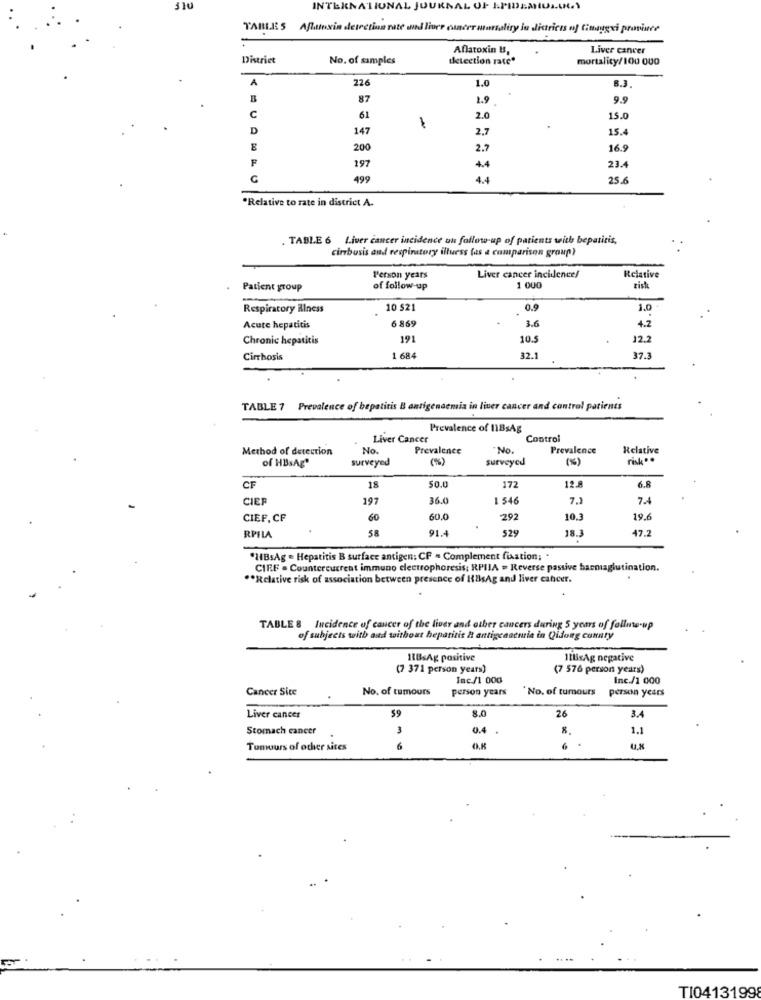
310
INTERNATIONAL JOURNAL OF EPIDEMIOLOGY
TABLES Aflatoxin detection rate and liver cancer mortality lu districts of Cinaugxi province
Aflatoxin US,
Liver cancer
District
No. of samples
detection rate"
mortality/100 000
A
226
1.0
8.3.
87
1.9
9.9
C
61
1
2.0
15.0
D
147
2,7
15.4
E
200
2.7
16.9
F
197
23.4
4.4
G
499
4.4
25.6
*Relative to rate in district A.
TABLE 6 Liver cancer incidence un follow-up of patients with bepatitis,
cirbusis and respiratory illuess (as a comparison group)
Person years
Liver cancer incidence/
Relative
Patient group
of follow-up
1 OUD
zist
Respiratory Rlness
10 $21
0.9
1.0
6 869
3.6
Acute hepatitis
4.2
Chronic hepatitis
191
10.5
12.2
Cirrhosis
1 684
32.1
37.3
TABLE 7 Prevalence of hepatitis B antigenaemia in liver cancer and control patients
Prevalence of 11BsAg
Liver Cancer
Control
Method of detection
No.
Prevalence
"No.
Prevalence
Relative
of HBsAg"
surveyed
surveyed
risk ..
6.8
CF
18
50.0
172
12.8
CIEF
197
36.0
1 546
7.1
7.4
CIEP, CF
60
60.0
292
10.3
19.6
58
91.4
529
18.3
47.2
RPILA
"HBsAg = Hepatitis B surface antigen; CF . Complement fixation; .
CIFF . Countercurrent immuno electrophoresis; RPIIA = Reverse passive barnaglutination.
** Relative risk of association between presence of IlisAg and liver cancer.
TABLE & Incidence of cancer of the liver and other cancers during 5 years of follow-up
of subjects with and without hepatitis & antigenaturia in Qidong county
11BsAg positive
11BisAg negative
(7 371 person years)
(7 576 person years)
Inc./1 000
Inc./1 000
Cancer Sice
No. of tumours
person years
" No. of tumours
person years
59
8.
26
Liver cancer
3.4
Stomach cancer
3
0.4
1.1
Tumours of other sites
6
U.x
TI04131998